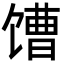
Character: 𩠎